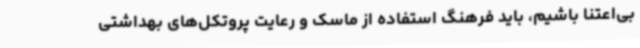
بی‌اعتنا باشیم، باید فرهنگ استفاده از ماسک و رعایت پروتکل‌های بهداشتی